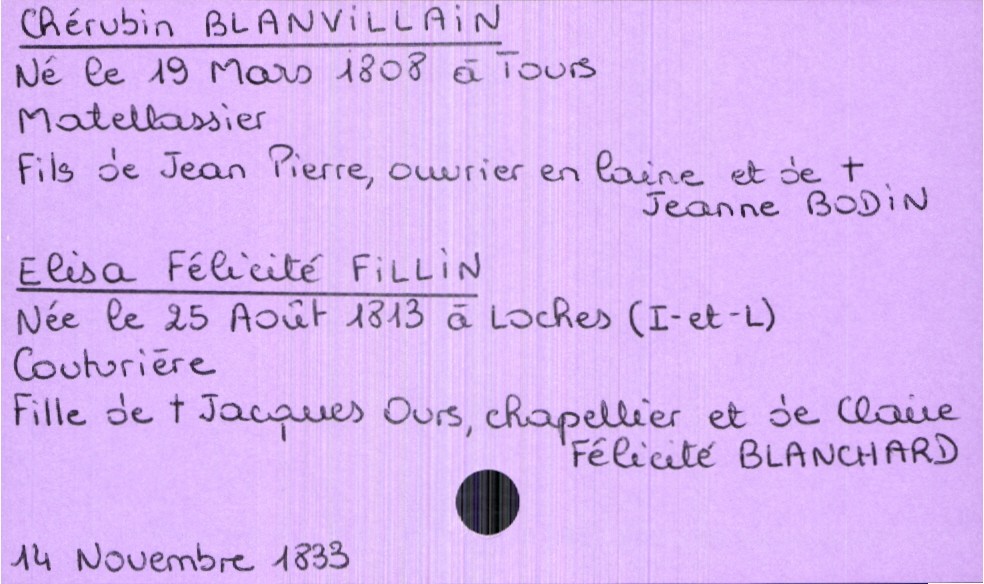
type_acte: Mariage
année: 1833
mois: novembre
jour: 14
marié_nom: Blanvillain
marié_prénom: Chérubin
marié_profession: matellassier
marié_date_de_naissance: 19 mars 1808
marié_lieu_de_naissance: Tours
père_marié_nom: Blanvillain
père_marié_prénom: Jean Pierre
père_marié_profession: ouvrier en laine
mère_marié_nom: Bodin
mère_marié_prénom: Jeanne
mère_marié_statut: décédée
mariée_nom: Fillin
mariée_prénom: Elisa Félicité
mariée_profession: couturière
mariée_date_de_naissance: 25 août 1813
mariée_lieu_de_naissance: Loches (Indre-et-Loire)
père_mariée_nom: Fillin
père_mariée_prénom: Jacques Ours
père_mariée_profession: chapellier
père_mariée_statut: décédé
mère_mariée_nom: Blanchard
mère_mariée_prénom: Claire Félicité